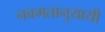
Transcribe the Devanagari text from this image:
नवमतानुयायी